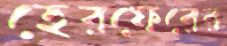
হেরফেরের